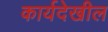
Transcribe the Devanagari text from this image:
कार्यदेखील